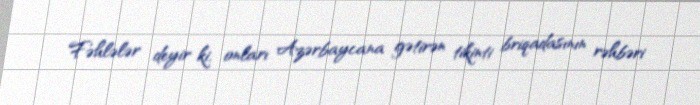
Fəhlələr deyir ki, onları Azərbaycana gətirən tikinti briqadasının rəhbəri